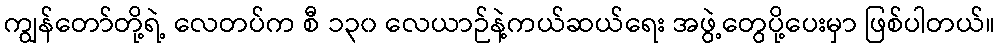
ကျွန်တော်တို့ရဲ့ လေတပ်က စီ ၁၃၀ လေယာဉ်နဲ့ကယ်ဆယ်ရေး အဖွဲ့တွေပို့ပေးမှာ ဖြစ်ပါတယ်။